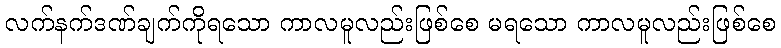
လက်နက်ဒဏ်ချက်ကိုရသော ကာလမူလည်းဖြစ်စေ မရသော ကာလမူလည်းဖြစ်စေ